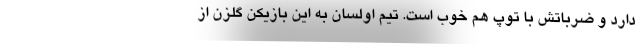
دارد و ضرباتش با توپ هم خوب است. تیم اولسان به این بازیکن گلزن از